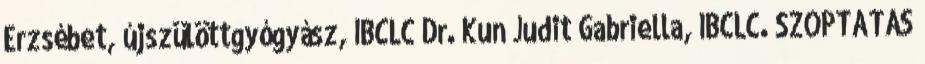
Erzsébet, újszülöttgyógyász, IBCLC Dr. Kun Judit Gabriella, IBCLC. SZOPTATÁS